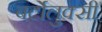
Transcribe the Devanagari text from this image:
बर्टोलुक्सी